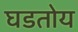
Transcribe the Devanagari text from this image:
घडतोय